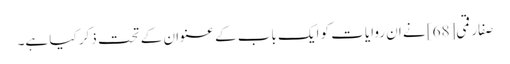
صفار قمی[68] نے ان روایات کو ایک باب کے عنوان کے تحت ذکر کیا ہے۔